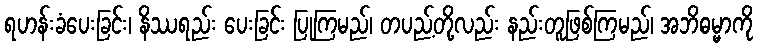
ရဟန်းခံပေးခြင်း၊ နိဿရည်း ပေးခြင်း ပြုကြမည်၊ တပည့်တို့လည်း နည်းတူဖြစ်ကြမည်၊ အဘိဓမ္မာကို